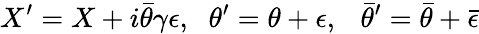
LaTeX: {X^{\prime}=X+i\bar{\theta}\gamma\epsilon,}{}~~~{\theta^{\prime}=\theta+\epsilon,~~~{\bar{\theta}}^{\prime}=\bar{\theta}+\bar{\epsilon}}